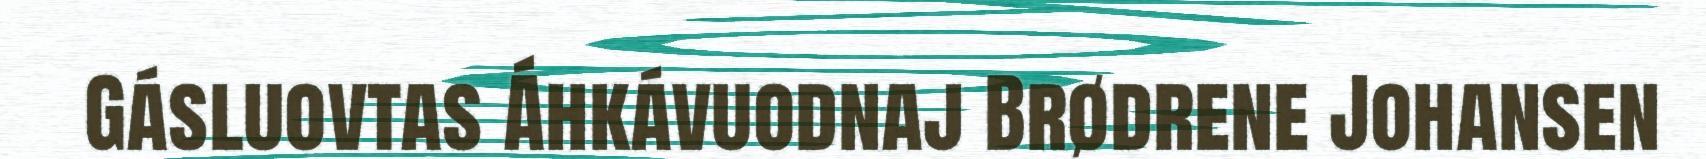
Gásluovtas Áhkávuodnaj Brødrene Johansen